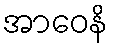
အာဝေနိ